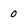
Character: 0